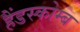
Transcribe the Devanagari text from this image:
हैंडस्कोम्ब